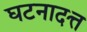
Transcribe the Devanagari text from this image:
घटनादत्त